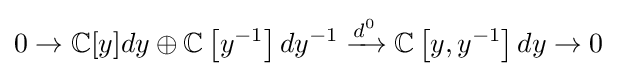
0\to \mathbb {C} [y]dy\oplus \mathbb {C} \left[y^{-1}\right]dy^{-1}\xrightarrow {d^{0}} \mathbb {C} \left[y,y^{-1}\right]dy\to 0